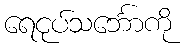
ရေငုပ်သင်္ဘောကို